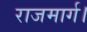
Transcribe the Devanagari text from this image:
राजमार्ग।